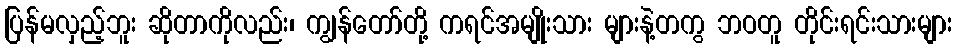
ပြန်မလှည့်ဘူး ဆိုတာကိုလည်း၊ ကျွန်တော်တို့ ကရင်အမျိုးသား များနဲ့တကွ ဘဝတူ တိုင်းရင်းသားများ